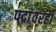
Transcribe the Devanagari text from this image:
पदांवरही